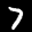
Label: 7